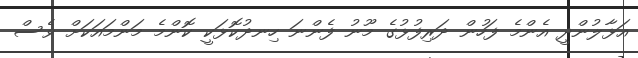
އަޅާލުންދީ އެންމެ ފަހުން ދަރިފުޅުގެ މޫނު ފެންނަ ހިނދުކޮޅަކީ ކޮންމެ މަންމައަކަށް ވެސް